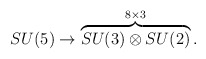
\begin{align*}SU(5) \rightarrow \overbrace{SU(3) \otimes SU(2) }^{8 \times 3} .\end{align*}